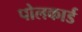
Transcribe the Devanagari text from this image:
पोलकार्ड